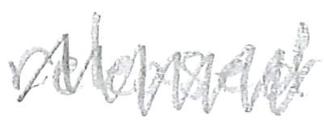
Text: released
Cross-out: mix
Writing tool: pencil